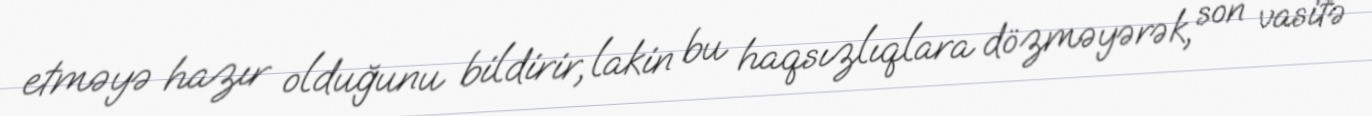
etməyə hazır olduğunu bildirir, lakin bu haqsızlıqlara dözməyərək, son vasitə